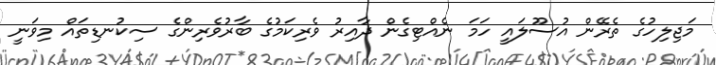
މަޖިލިހުގެ ތެރޭން އުސޫލައީ ހަމަ ނެއްޓިގެން ދާއިރު ވެރިކަމުގެ ބާރުވެރިންގެ ސިކުނޑިތައް މިވަނީ